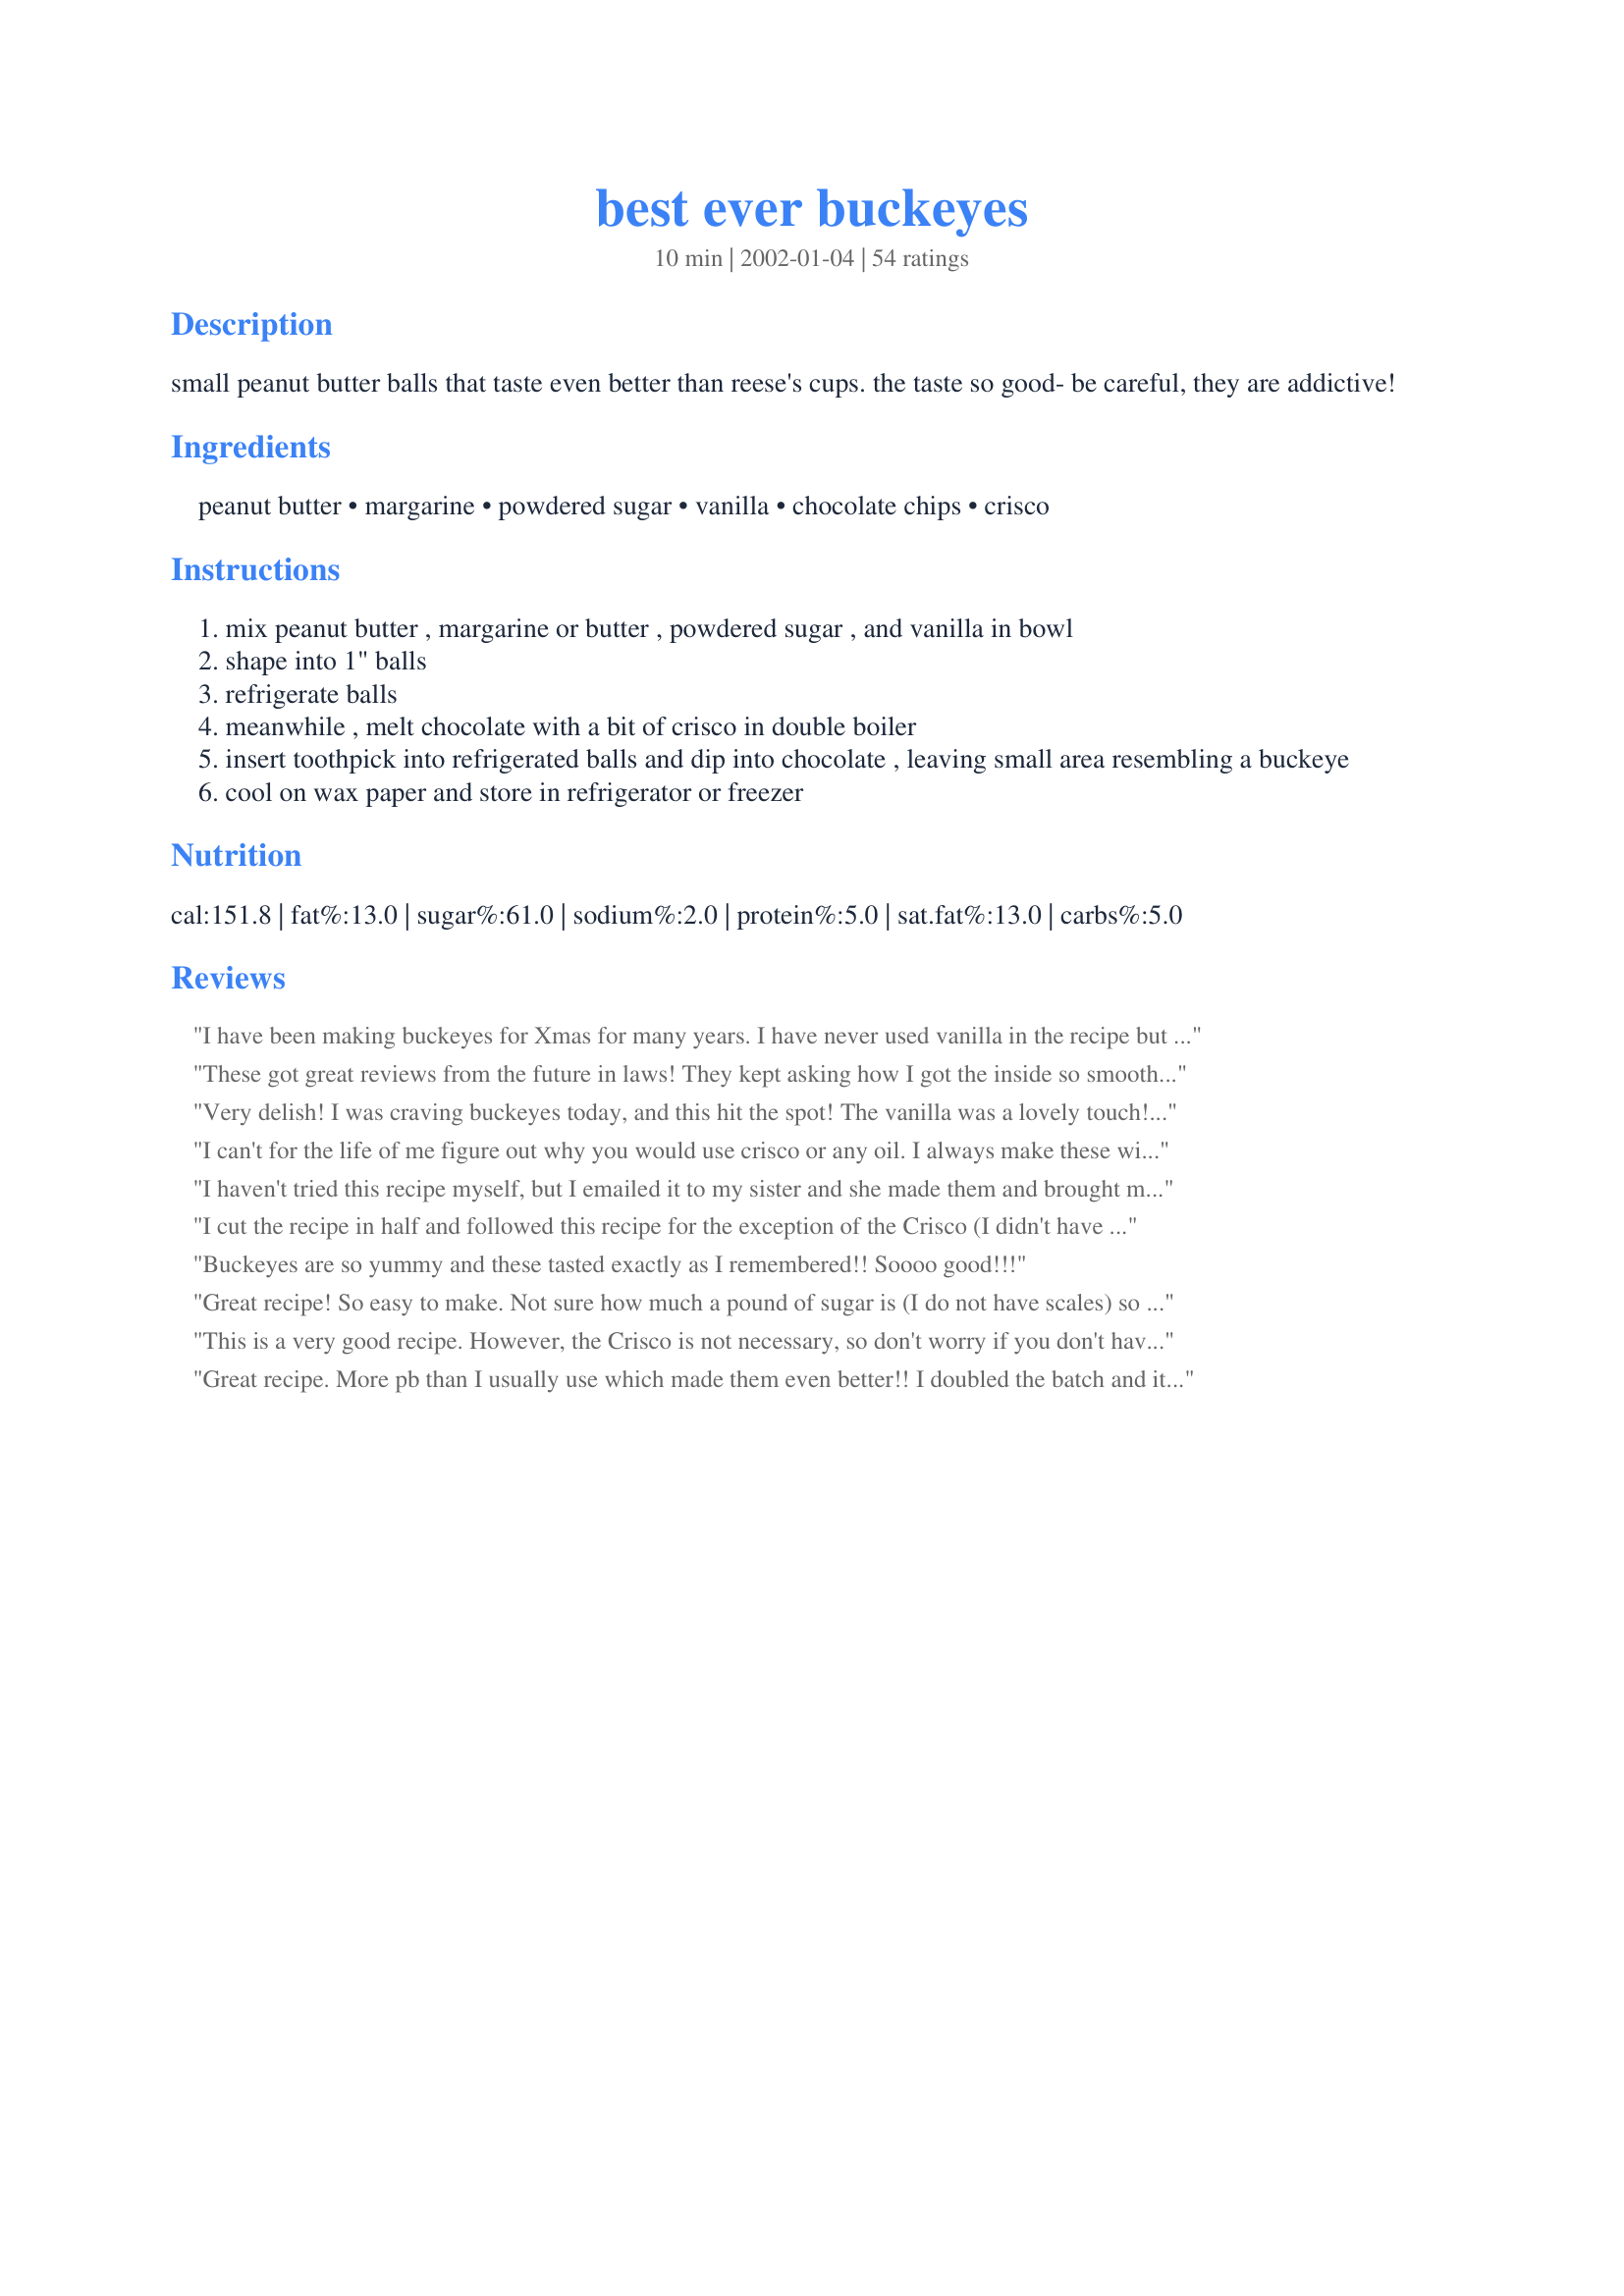
best ever buckeyes
Preparation time: 10 minutes

small peanut butter balls that taste even better than reese's cups. the taste so good- be careful, they are addictive!

Ingredients:
peanut butter, margarine, powdered sugar, vanilla, chocolate chips, crisco

Steps:
mix peanut butter , margarine or butter , powdered sugar , and vanilla in bowl
shape into 1" balls
refrigerate balls
meanwhile , melt chocolate with a bit of crisco in double boiler
insert toothpick into refrigerated balls and dip into chocolate , leaving small area resembling a buckeye
cool on wax paper and store in refrigerator or freezer

Reviews:
I have been making buckeyes for Xmas for many years. I have never used vanilla in the recipe but I do like to add rice krispies, plus I like to use chucky peanut butter. They are great.
These got great reviews from the future in laws! They kept asking how I got the inside so smooth. For now, it'll be my little secret that it was just using powdered sugar... Maybe someday I'll tell them...
Very delish! I was craving buckeyes today, and this hit the spot! The vanilla was a lovely touch! I did, however, have to edit the recipe a little. As I was mixing the powdered sugar in (I do it little by little), I realized that the mixture was going to get way too dry if I added the whole package. I think I used 3/4 of the package, and that was definitely enough. It might have been my fault, because I was using organic peanut butter, but I would think it would make the mixture moister instead of drier. Other than that, though, the recipe was wonderful :-) I used about 2 tbsp. of Crisco, and the chocolate hardened beautifully. Thank you for sharing!
I can't for the life of me figure out why you would use crisco or any oil. I always make these without it and they come out perfectly. I use 1 cup of butter instead of a half cup, but nothing in the chocolate. The chocolate hardens around the peanut butter within seconds of being put on the tray. Also if you're in a hurry, you can put the tray in the freezer for about 40 minutes instead of hours in the fridge.
I haven't tried this recipe myself, but I emailed it to my sister and she made them and brought me about 10. They were gone before I even got to add any to my cookie tray. Delicious!! Can't wait to try them myself. Thanks Jo!
I cut the recipe in half and followed this recipe for the exception of the Crisco (I didn't have any shortening so I used about 1 oz of Parrafin Wax). I choose this recipe because the others simply would make WAY too many of these and this one was easy to cut in half :-). I also used semi-sweet chocolate chips, next time, I'll try milk chips to see if I prefer instead of semi sweet and then again, I may do a combo (half semi-sweet and half milk chocolate chips)... perhaps adding some graham cracker crumbs would add more texture to the peanut butter mixture (more reeses pb like). Thank for the wonderful recipe and it's definitely a keeper and five star, good just as-is!!! :-)
Buckeyes are so yummy and these tasted exactly as I remembered!! Soooo good!!!
Great recipe! So easy to make. Not sure how much a pound of sugar is (I do not have scales) so I eyeballed it. Was very tasty. I put them in the freezer after rolling and let them harded. I found the chocolate set up a lot quicker this way.I liked dipping the whole thing in chocolate. Keep in fridge or freezer as I found that is you leave them out, they become super soft!
This is a very good recipe. However, the Crisco is not necessary, so don't worry if you don't have any, the chocolate will set back up just fine without it. The Crisco actually is used to make the chocolate smoother and more manageable. Add a 1/2 tsp or shortening for each ounce of chocolate you are using.
Great recipe. More pb than I usually use which made them even better!! I doubled the batch and it made exactly 75. I did not use any cisco in the chocolate.
I made these for my sisters New Years Eve party and everyone loved them! I only ended up using 3 cups of powdered sugar and it was plenty. These are great both cold and at room temperature. Thanks for sharing your recipe!
Just like my mom always made when we were kids! I was looking for a recipe to use for my first annual Christmas cookie platters this year and used this one. The buckeyes were a big hit - some people even told me they'd be happy with a plate of buckeyes only! We ate a lot of them while I was making them, of course. Just like a Reese's peanut butter cup! Thank you for posting!
Don't use the microwave to melt the chocolate unless you're very experienced with using the low settings. and you stir often. If you don't have a double boiler, set the chips in a bowl over a stove's warming zone or in a small crock pot or a bowl rested over a pot of simmering water. But don't get steam or water in the chocolate.
VERY good! I used the full amount of sugar and the mixture WAS a little dry. After adding just a tiny bit (maybe 1/3 cup) more peanut butter, it was just right.
THANK YOU for posting this recipe! I have been looking for a recipe similar to my grandmother's ever since she passed away 15 years ago. I think I have finally found it! These are YUMMY! Easy to make and fun!
This is a great recipe. My old recipe used Rice Krispies but the dough was hard to work. This dough is pliable which makes rolling into balls easy. I used semi-sweet chocolate for one batch, milk chocolate for another. Both great!
Very good! One of the best recipes I've tried. The first time I made this recipe I followed it exactly. The second time I added half the butter called for. I didn't notice the difference. My husband ate nearly ALL of them!
Great recipe....use a little less powder sugar and you have the perfect recipe! Huge hit during the holidays and special occasions throughout the year.
Yes, everybody is absolutely right, these are sinfully yummy. And easy as anything.
Very good. Smooth, creamy filling was delicious. Had a difficult time dipping in chocolate, but I'm never very good at that.
I didn't taste these, (can't eat sugar) but I did make these and listened to other people's comments. Ok, once again, the dough does look pretty dry upon mixing, by is pretty easy to roll into a ball. I used about 2 tablespoons of crisco, and probably will use a little less next time. Anyways, people said they tasted great, though obviously pretty rich.
I am new to the kitchen and this recipe was so simple and so much fun to do... it is a great holiday treat to share with your family!! Especially if you are a Ohio Buckeye's Fan!! GO OSU!! And thanks for the Crisco tip, that is so ingenious, maybe that is why I could never get them right LOL!! Thanks again!! :)
We made about 7000 buckeyes at church last Wednesday to sell at our bazaar on Nov. 10. We use a small amount of paraffin in the chocolate and it works beautifully! Sets up well, little wait time. Very popular buckeyes!
My DH &amp; I had funmaking these for a Christmas gathering. Per other reviews, we did cut the powdered sugar to about 3/4 lb. We&#039;ve used the full amount of powdered sugar in the past, and they turned out with a crumbly unappealing texture. This time they had a nice soft and creamy texture. Since it doesn&#039;t say how much Crisco to use, we used about 2 tbsp. It turned out well, but the chocolate still didn&#039;t set-up as nice as we would&#039;ve liked.
Was sooo easy to make! I haven't tasted Buckeyes that good since I was a little girl. The middle was so creamy and good. Thanks soo much for posting the recipe and makeing the little girl within happy. What an excellent recipe I give it an A+++++
Peanut Butter + Chocolate = PERFECTION! Enough said!!!
Excellent. Just the right balance of sweetness here. I used sweet unsalted butter instead of margarine. The dough seems very dry upon mixing, but once rolled, chilled & dipped - these came out perfect.
These were incredibly easy to make!
I used 1-1 1/2 tablespoons of shortening in my chocolate. Will be using this recipe again definitely!!!
Here is a buckeye. Just about close to perfection. What more could one want for a buckeye? I don't have a idea. Made to share, With love and care. What else could one want for a buckeye? By Grandmom. These buckeyes are absolutely delicious. My and my Grandmom made these. First, at 10 in the morning, we made a trip to the store, then mixed the peanut butter and regular butter plus the sugar and vanilla. We put them in the freezer for many hours, then melted the chocolate and dipped them. I am surprised to say that the buckeyes took little effort to make and to dip, and they couldn't have been better in the end. Also, instead of Crisco, we used Coconut oil, which is much healthier and worked just as well. Thank you for the reicpe! Enjoy the photo.
These buckeyes are delicious and so easy to make! Thank you. I made them for Christmas and I am going to make another batch for New Year's Day.
Yummmm!!! So easy an so good!!!! I didnt use all the sugar the recipe called for they would have been to dry!! I will make these again!
I’ll bet you can cut the butter and lower the sugar and these would still work, used coconut oil in place of crisco. Dipping is time consuming, if you don’t keep them in the fridge they will melt.
These are pretty yummy, but I agree that they are too dry. I would not use nearly so much powdered sugar as is called for.
This is the same recipe I use. I make these every year at Christmas (because, let's face it, they're not exactly health food!) and always have to make extra as they are among my most requested "candy" type treats!
I made this as part of my Christmas baking this year. OMG! This is such a great recipe! Everybody who has tried them rave. After reading the reviews, I used 3 cups of sifted powdered sugar. I also used Ghiradelli's 73% dark chocolate baking chips. Because they were baking chips, I omitted the crisco.
Just had to make these for my Ohio State Buckeyes fan. They were delicious and made him extremely happy. I used crunchy low-fat peanut butter because that is what I had in the house. In order to make the center workable (due to less fat) I added some butter thus averting disaster and resulting in beautiful buckeyes. These are delicious - I like the vanilla in them. Thanks for a yummy treat that made my DH cheer "Go Bucks"!
Everything worked well (as opposed to the last time I tried to make buckeyes, LOL), but I did find them to be too sweet. My husband didn't think so, though. The powdered sugar was in a plastic container in my cabinet (as opposed to the bag it came in), so I wasn't sure how much I had. I followed the instructions on this site to use 4 sifted cups. Next time I think I will use less. I used Wilton dark candy melts for the outside since I always find that easier. I dabbed peanut butter in the toothpick holes and smoothed it out, you would never know the holes were there!
I made this last night and it was the BEST Buckeye recipe I've ever tried (and I've tried a bunch)!! I made them to take to a friend's house to watch Ohio State beat Michigan for the third year in a row. They were a HUGE hit. I definitely would cut the powdered sugar to just over 1/2 lb. and use 3 tablespoons of Crisco (the recipe didn't specify). I also froze them instead of refrigerating; that made them quicker to finish. LOVED this recipe, it's a keeper that I've emailed to all my fellow Buckeye friends and family. Thank you!!
super tasty, but really messy.
These are excellent! I plan on doing all the dessert cookies and treats for the family Christmas party and these have made the list!

After reading about them being too sweet I did cut back the powdered sugar by about 4 oz. and instead added crushed gramahm cracker crumbs. Perfect!
These are so good. They are much better cold. Make sure you let them get really cold before you try to dip them into the chocolate. Makes it so much easier. Thanks for this!! Will make again! My daughter loved to help make these.
Perfect buckeye recipe. We used 1 tablespoon of shortening with the chocolate. I think that coconut oil would also probably work well. These will be perfect holiday gifts/treats.
thank you I have made these for years and lost the recipe I thought it was called buckshot so i couldn't find the recipe. Thank you this recipe is perfect.
These are delicious! I agree they tend to be to dry with 1lb. of powdered suger so I added just a bit more butter and then it was fine. Did not have Crisco so will have to try that next time but still came out very well.
These are excellent. I started out using 1/2 the powdered sugar because some of the other posts. But that made the mixture to difficult to roll into balls. Added the rest of the powdered sugar, put the dough in the freezer for about 30 minutes. That made it much easier to roll into balls, but I had to keep re-cooling it. Then I put the balls in the freezer for a while before dipping. I used almond bark instead of chocolate chips. I used 1/2 of the package. It was just enough for dipping with a couple tablespoons leftover. I like to drizzle chocolate to cover the whole ball. That ugly toothpick hole bugs me for some reason. I never knew before that adding crisco would make the chocolate stay hard....thank you! (I used 3 T like others mentioned in reviews.) These are awesome. I'm not sure that any of these will actually end up gifts like I intended. I think I'll have to keep them for myself.
I just received this as part of a Christmas Bake exchange and the only difference was the addition of vanilla so I am just adding my review rather than posting a similar recipe. Thanks for posting this! :)
Really easy to make. I was worried about not using the correct amount of Crisco. I used about 3tbs and it worked fine. Next time I will try less powdered sugar as I thought it overpowered the peanut butter flavor. Thanks for posting.
We just use almond bark to dip them in it is much easier because you do not need a double broiler or crisco. We have been making these for over 50 years in my family.
I learned about Buckeyes as a kid from the Elementary recipe book that was a mix of donated recipes from all different families and sold. That was about 1973 and this recipe I still make and we are into 2017. I only make them at Christmas. I find if you use a couple of very small shaving's of paraffin wax instead of Crisco the chocolate hardens better and the chocolate doesn't melt in your hands and you don't even know that it has the wax, but remember a very small amount of wax shavings is what you use. I also put toothpicks in the peanut butter balls before freezing and I freeze them over night and make the double boiler of melted choclate the next day then refrigerate the toothpick will come right out and you can easily slide your finger over the hole and it fills in or eat it right from the toothpick. My family and friends like them from the freezer, but I keep some in both refrigerator and freezer ready to eat.
I need to know if I can melt the chocolate chips in a microwave safe bowl in the microwave oven?. I don't have a double boiler
These are must for any cookie tray. I made 1/2 of the recipe and cut back a little on the powdered sugar. Excellent!
Best buckeyes! My wife really doesn't like peanut butter and could not get enough of these. The only thing I would suggest is only using a couple tablespoons of cricso.
These are the creamiest buckeyes ever! So rich and delicious! Here in Columbus, Ohio you see a lot of Buckeyes...but these are our favorite!!!

Go Bucks!
